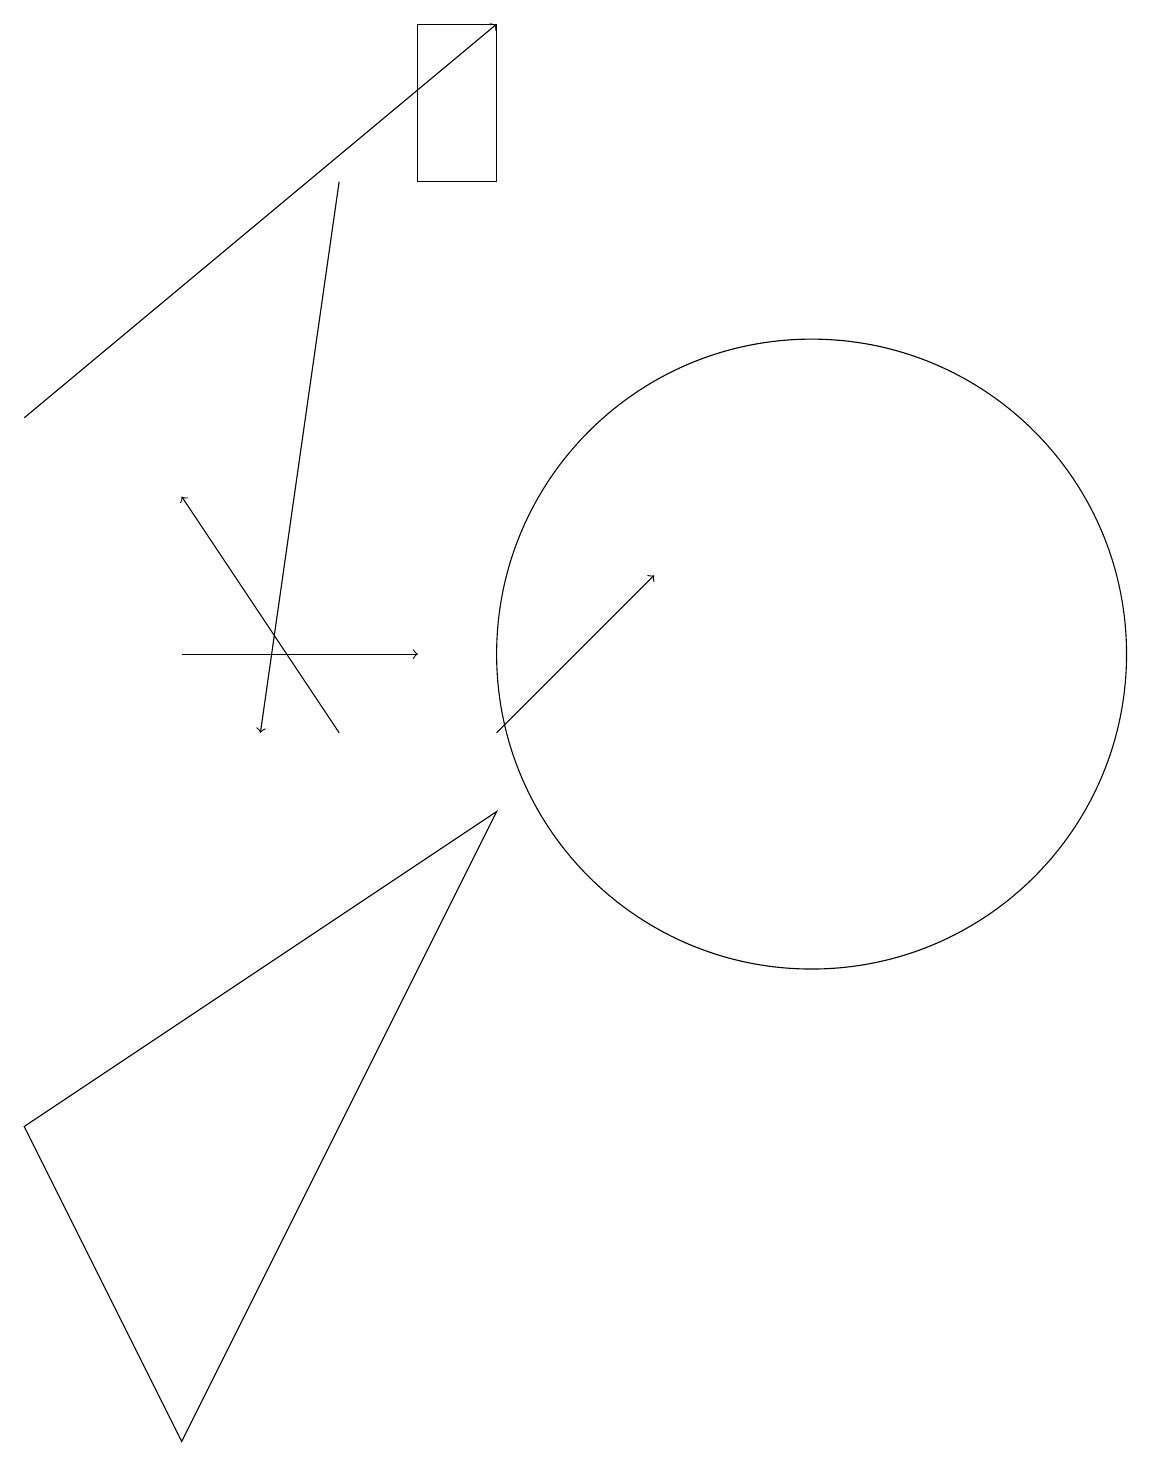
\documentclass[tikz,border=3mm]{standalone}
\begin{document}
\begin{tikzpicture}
\draw[->] (3,11) -- (6,11);
\draw (3,1) -- (1,5) -- (7,9) -- cycle;
\draw[->] (7,10) -- (9,12);
\draw[->] (5,17) -- (4,10);
\draw[->] (1,14) -- (7,19);
\draw[->] (5,10) -- (3,13);
\draw (7,17) rectangle (6,19);
\draw (11,11) circle (4);
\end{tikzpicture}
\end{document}